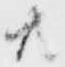
共